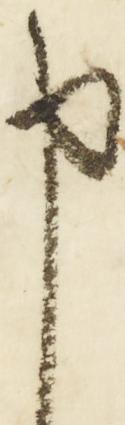
申